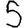
Digit: 5